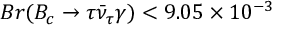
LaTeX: B r ( B _ { c } \to \tau \bar { \nu } _ { \tau } \gamma ) < 9 . 0 5 \times 1 0 ^ { - 3 }